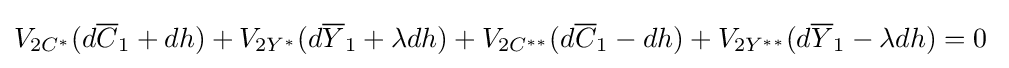
V_{2C^{*}}(d{\overline {C}}_{1}+dh)+V_{2Y^{*}}(d{\overline {Y}}_{1}+\lambda dh)+V_{2C^{**}}(d{\overline {C}}_{1}-dh)+V_{2Y^{**}}(d{\overline {Y}}_{1}-\lambda dh)=0\;